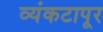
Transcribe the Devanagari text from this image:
व्यंकटापूर